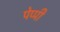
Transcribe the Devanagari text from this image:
पेप्पी